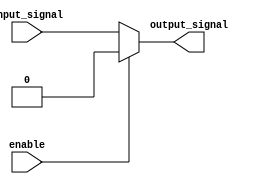
module open_drain_buffer (
    input wire input_signal,
    input wire enable,
    output reg output_signal
);

always @ (input_signal or enable)
begin
    if (enable)
        output_signal <= 1'b0;
    else
        output_signal <= input_signal;
end

endmodule